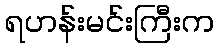
ရဟန်းမင်းကြီးက